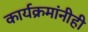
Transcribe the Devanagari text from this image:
कार्यक्रमांनीही